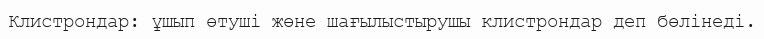
Клистрондар: ұшып өтуші жөне шағылыстырушы клистрондар деп бөлінеді.